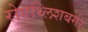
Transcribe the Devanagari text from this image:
रोएथ्लिशबर्गर